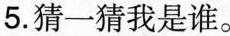
5.猜一猜我是谁。